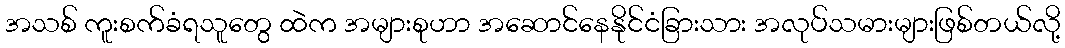
အသစ် ကူးစက်ခံရသူတွေ ထဲက အများစုဟာ အဆောင်နေနိုင်ငံခြားသား အလုပ်သမားများဖြစ်တယ်လို့